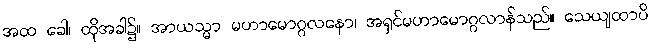
အထ ခေါ၊ ထိုအခါ၌။ အာယသ္မာ မဟာမောဂ္ဂလနော၊ အရှင်မဟာမောဂ္ဂလာန်သည်။ သေယျထာပိ